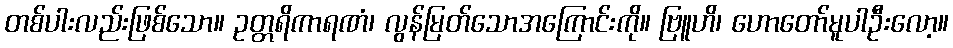
တစ်ပါးလည်းဖြစ်သော။ ဥတ္တရိကာရဏံ၊ လွန်မြတ်သောအကြောင်းကို။ ဗြူဟိ၊ ဟောတော်မူပါဦးလော့။